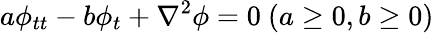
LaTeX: a\phi_{tt}-b\phi_{t}+\nabla^{2}\phi=0\ (a\geq 0,b\geq 0)